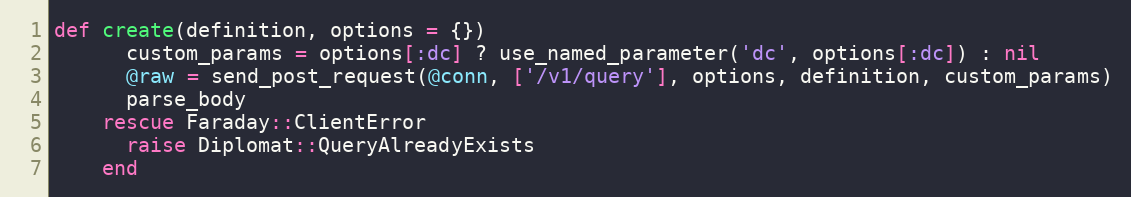
Language: Ruby
def create(definition, options = {})
      custom_params = options[:dc] ? use_named_parameter('dc', options[:dc]) : nil
      @raw = send_post_request(@conn, ['/v1/query'], options, definition, custom_params)
      parse_body
    rescue Faraday::ClientError
      raise Diplomat::QueryAlreadyExists
    end